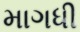
માગધી